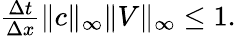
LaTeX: \begin{array}{r}{\frac{\Delta t}{\Delta x}\| c\| _{\infty}\| V\| _{\infty}\leq 1.}\end{array}